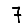
Digit: 7